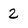
Character: 2